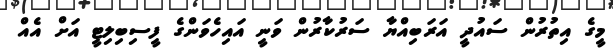
މީގެ އިތުުރުން ސައުދީ އަރަބިއްޔާ ސަރުކާރުން ވަނީ އައިހެވަންގެ ފީސިބިލިޓީ އަށް އެއް